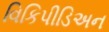
વિકિપીડિઅન